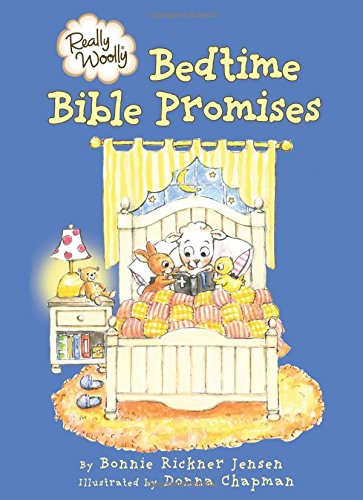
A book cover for Really Woolly Bedtime Bible Promises; DaySpring; Children's Books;